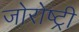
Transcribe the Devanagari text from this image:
जोरोष्ट्री